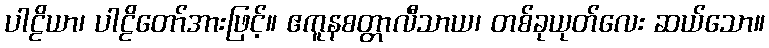
ပါဠိယာ၊ ပါဠိတော်အားဖြင့်။ ဧကူနစတ္တာလီသာယ၊ တစ်ခုယုတ်လေး ဆယ်သော။